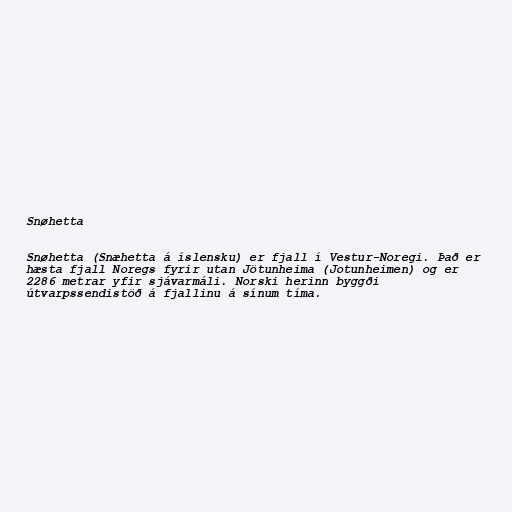
Snøhetta

Snøhetta (Snæhetta á íslensku) er fjall í Vestur-Noregi. Það er
hæsta fjall Noregs fyrir utan Jötunheima (Jotunheimen) og er
2286 metrar yfir sjávarmáli. Norski herinn byggði
útvarpssendistöð á fjallinu á sínum tíma.